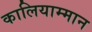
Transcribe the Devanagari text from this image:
कालियाम्मान